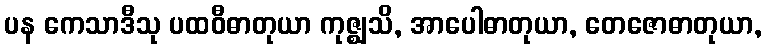
ပန ကေသာဒီသု ပထဝီဓာတုယာ ကုဇ္ဈသိ, အာပေါဓာတုယာ, တေဇောဓာတုယာ,